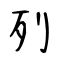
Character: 列